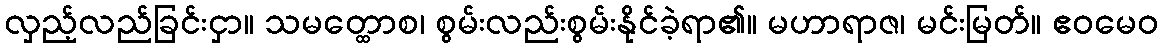
လှည့်လည်ခြင်းငှာ။ သမတ္ထောစ၊ စွမ်းလည်းစွမ်းနိုင်ခဲ့ရာ၏။ မဟာရာဇ၊ မင်းမြတ်။ ဧဝမေဝ